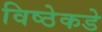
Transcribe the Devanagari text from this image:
विष्ठेकडे